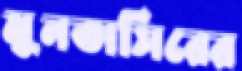
মুনতাসিরের